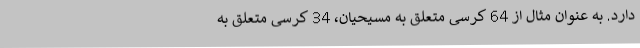
دارد. به عنوان مثال از 64 کرسی متعلق به مسیحیان، 34 کرسی متعلق به